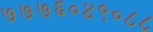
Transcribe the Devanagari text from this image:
७७७६०४९०८८